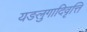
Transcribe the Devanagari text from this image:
यङलुगादिवृत्ति